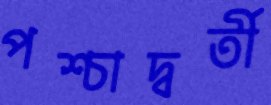
পশ্চাদ্বর্তী